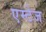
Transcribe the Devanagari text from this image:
एम्टेज